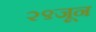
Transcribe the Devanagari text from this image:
२९जून